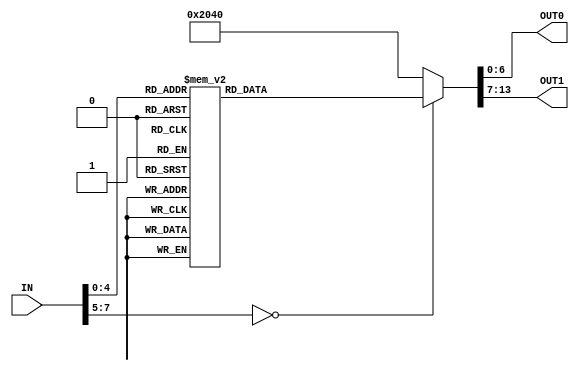
//We got the idea for showing the numbers on two hex displays from the link below.
//We did not copy any of the code directly and just modified our hex displays
//from the lab to show a number on two displays.
//https://github.com/SchweitzerM/VerilogBlackJack/tree/master/BlackJack

module hex_display(IN,OUT0,OUT1);
  input [7:0] IN;
  output reg [6:0] OUT0,OUT1;

  always@(IN) 
		case(IN)
			5'b00000: begin OUT0 = 7'b1000000; OUT1 = 7'b1000000;  end //00
			5'b00001: begin OUT0 = 7'b1000000; OUT1 = 7'b1111001; end //01
			5'b00010: begin OUT0 = 7'b1000000; OUT1 = 7'b0100100; end //02
			5'b00011: begin OUT0 = 7'b1000000; OUT1 = 7'b0110000; end //03
			5'b00100: begin OUT0 = 7'b1000000; OUT1 = 7'b0011001; end //04
			5'b00101: begin OUT0 = 7'b1000000; OUT1 = 7'b0010010; end //05
			5'b00110: begin OUT0 = 7'b1000000; OUT1 = 7'b0000010; end //06
			5'b00111: begin OUT0 = 7'b1000000; OUT1 = 7'b1111000; end //07
			5'b01000: begin OUT0 = 7'b1000000; OUT1 = 7'b0000000; end //08
			5'b01001: begin OUT0 = 7'b1000000; OUT1 = 7'b0011000; end //09
			5'b01010: begin OUT0 = 7'b1111001; OUT1 = 7'b1000000; end //10
			5'b01011: begin OUT0 = 7'b1111001; OUT1 = 7'b1111001; end //11
			5'b01100: begin OUT0 = 7'b1111001; OUT1 = 7'b0100100; end //12
			5'b01101: begin OUT0 = 7'b1111001; OUT1 = 7'b0110000; end //13
			5'b01110: begin OUT0 = 7'b1111001; OUT1 = 7'b0011001; end //14
			5'b01111: begin OUT0 = 7'b1111001; OUT1 = 7'b0010010; end //15
			5'b10000: begin OUT0 = 7'b1111001; OUT1 = 7'b0000010; end //16
			5'b10001: begin OUT0 = 7'b1111001; OUT1 = 7'b1111000; end //17
			5'b10010: begin OUT0 = 7'b1111001; OUT1 = 7'b0000000; end //18
			5'b10011: begin OUT0 = 7'b1111001; OUT1 = 7'b0011000; end //19
			5'b10100: begin OUT0 = 7'b0100100; OUT1 = 7'b1000000; end //20
			5'b10101: begin OUT0 = 7'b0100100; OUT1 = 7'b1111001; end //21
			5'b10110: begin OUT0 = 7'b0100100; OUT1 = 7'b0100100; end //22	
			5'b10111: begin OUT0 = 7'b0100100; OUT1 = 7'b0110000; end //23
			5'b11000: begin OUT0 = 7'b0100100; OUT1 = 7'b0011001; end //24
			5'b11001: begin OUT0 = 7'b0100100; OUT1 = 7'b0010010; end //25
			5'b11010: begin OUT0 = 7'b0100100; OUT1 = 7'b0000010; end //26
			5'b11011: begin OUT0 = 7'b0100100; OUT1 = 7'b1111000; end //27
			5'b11100: begin OUT0 = 7'b0100100; OUT1 = 7'b0000000; end //28
			5'b11101: begin OUT0 = 7'b0100100; OUT1 = 7'b0011000; end //29
			5'b11110: begin OUT0 = 7'b0110000; OUT1 = 7'b1000000; end //30
			5'b11111: begin OUT0 = 7'b0110000; OUT1 = 7'b1000000; end //31
			default: begin OUT0 = 7'b1000000; OUT1 = 7'b1000000; end
		endcase

endmodule